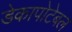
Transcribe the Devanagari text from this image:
डेकापोटेबल